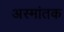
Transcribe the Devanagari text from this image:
अस्मांतक